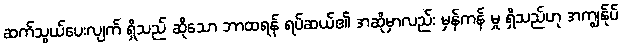
ဆက်သွယ်ပေးလျက် ရှိသည် ဆိုသော ဘာထရန် ရပ်ဆယ်၏ အဆိုမှာလည်း မှန်ကန် မှု ရှိသည်ဟု အကျွန်ုပ်